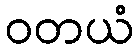
ဝတယံ